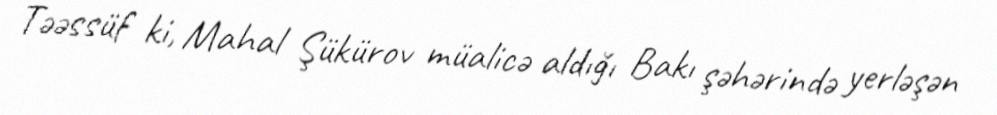
Təəssüf ki, Mahal Şükürov müalicə aldığı Bakı şəhərində yerləşən